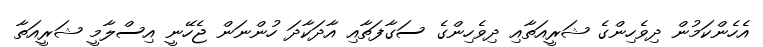
އެހެންކަމުން ދިވެހިންގެ ޝަރީއަތާއި ދިވެހިންގެ ސަގާފަތާއި އާދަކާދަ ހުންނަން ޖެހޭނީ އިސްލާމީ ޝަރީއަތާ